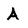
Character: A